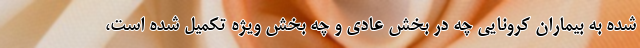
شده به بیماران کرونایی چه در بخش عادی و چه بخش ویژه تکمیل شده است،